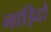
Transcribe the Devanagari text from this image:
नाड़िदो